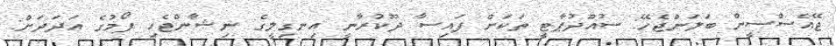
ޖޭއެސްސީން ބަލަންޖެހޭ: ސުއޫދުޕާޓީ ތަކަށް ފައިސާ ދޫކުރާނީ އިނގިލީގެ ނިޝާންޖެހި ފޯމުގެ އަދަދަށް: